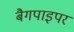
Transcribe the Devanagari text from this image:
बैगपाइपर